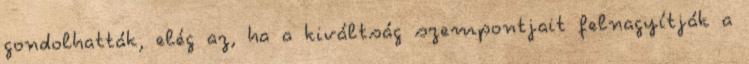
gondolhatták, elég az, ha a kiváltság szempontjait felnagyítják a